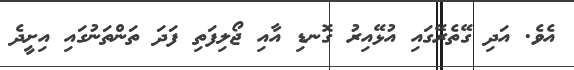
އެވެ. އަދި ގޭތެރޭގައި އުޅޭއިރު ގޮނޑި އާއި ޖޯލިފަތި ފަދަ ތަންތަނުގައި އިށީދެ